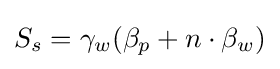
S_{s}=\gamma _{w}(\beta _{p}+n\cdot \beta _{w})